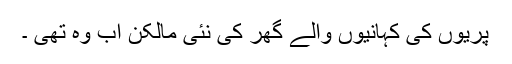
پریوں کی کہانیوں والے گھر کی نئی مالکن اب وہ تھی ۔